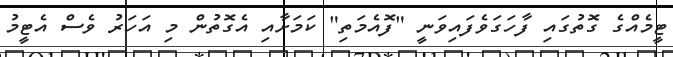
ޓީމެއްގެ ގޮތުގައި ފާހަގަވެފައިވަނީ "ފޮއެމަތި" ކަމަށާއި އެގޮތުން މި އަހަރު ވެސް އެޓީމު